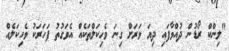
"ލިންކް ރޯޑުން ދުއްވާފައި ދިޔަ ވަރަށް ގިނަ ވެހިކަލްތަކެއް އެވަގުތު ފަހަރަކު ވެހިކަލެއް